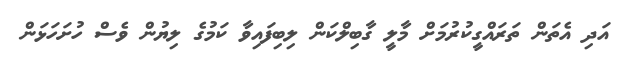
އަދި އެތަން ތަރައްގީކުރުމަށް މާލީ ގާބިލްކަން ލިބިފައިވާ ކަމުގެ ލިޔުން ވެސް ހުށަހަޅަން